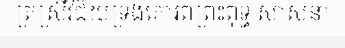
ត្រស្រីវិជ័យទ្រង់គោរពព្រះពុទ្ធ សាសនា